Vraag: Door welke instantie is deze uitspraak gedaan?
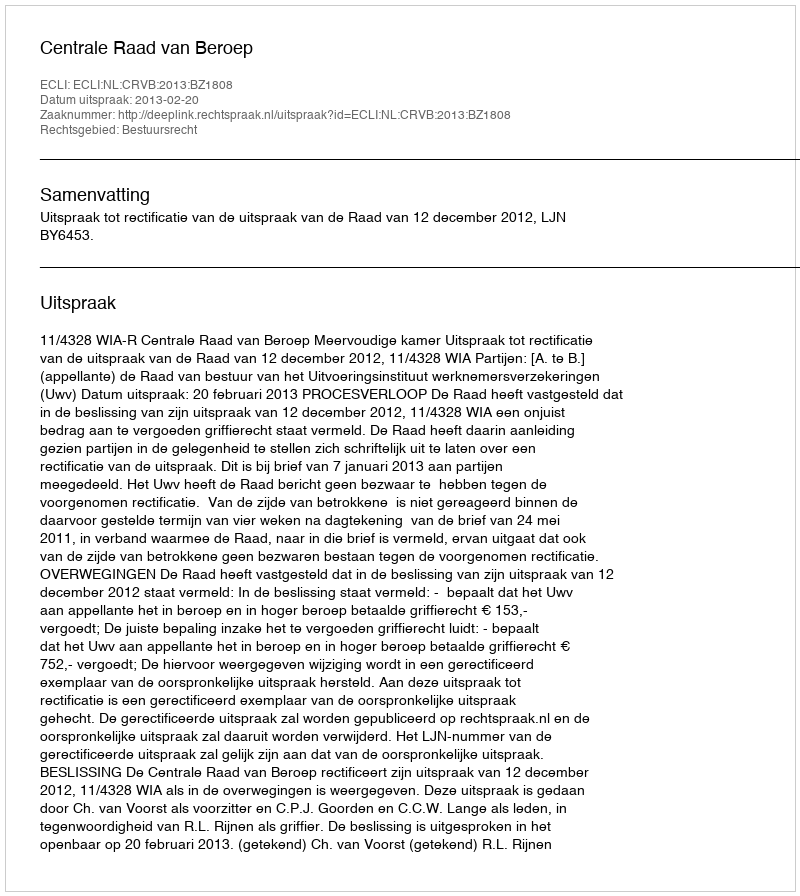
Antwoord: Centrale Raad van Beroep